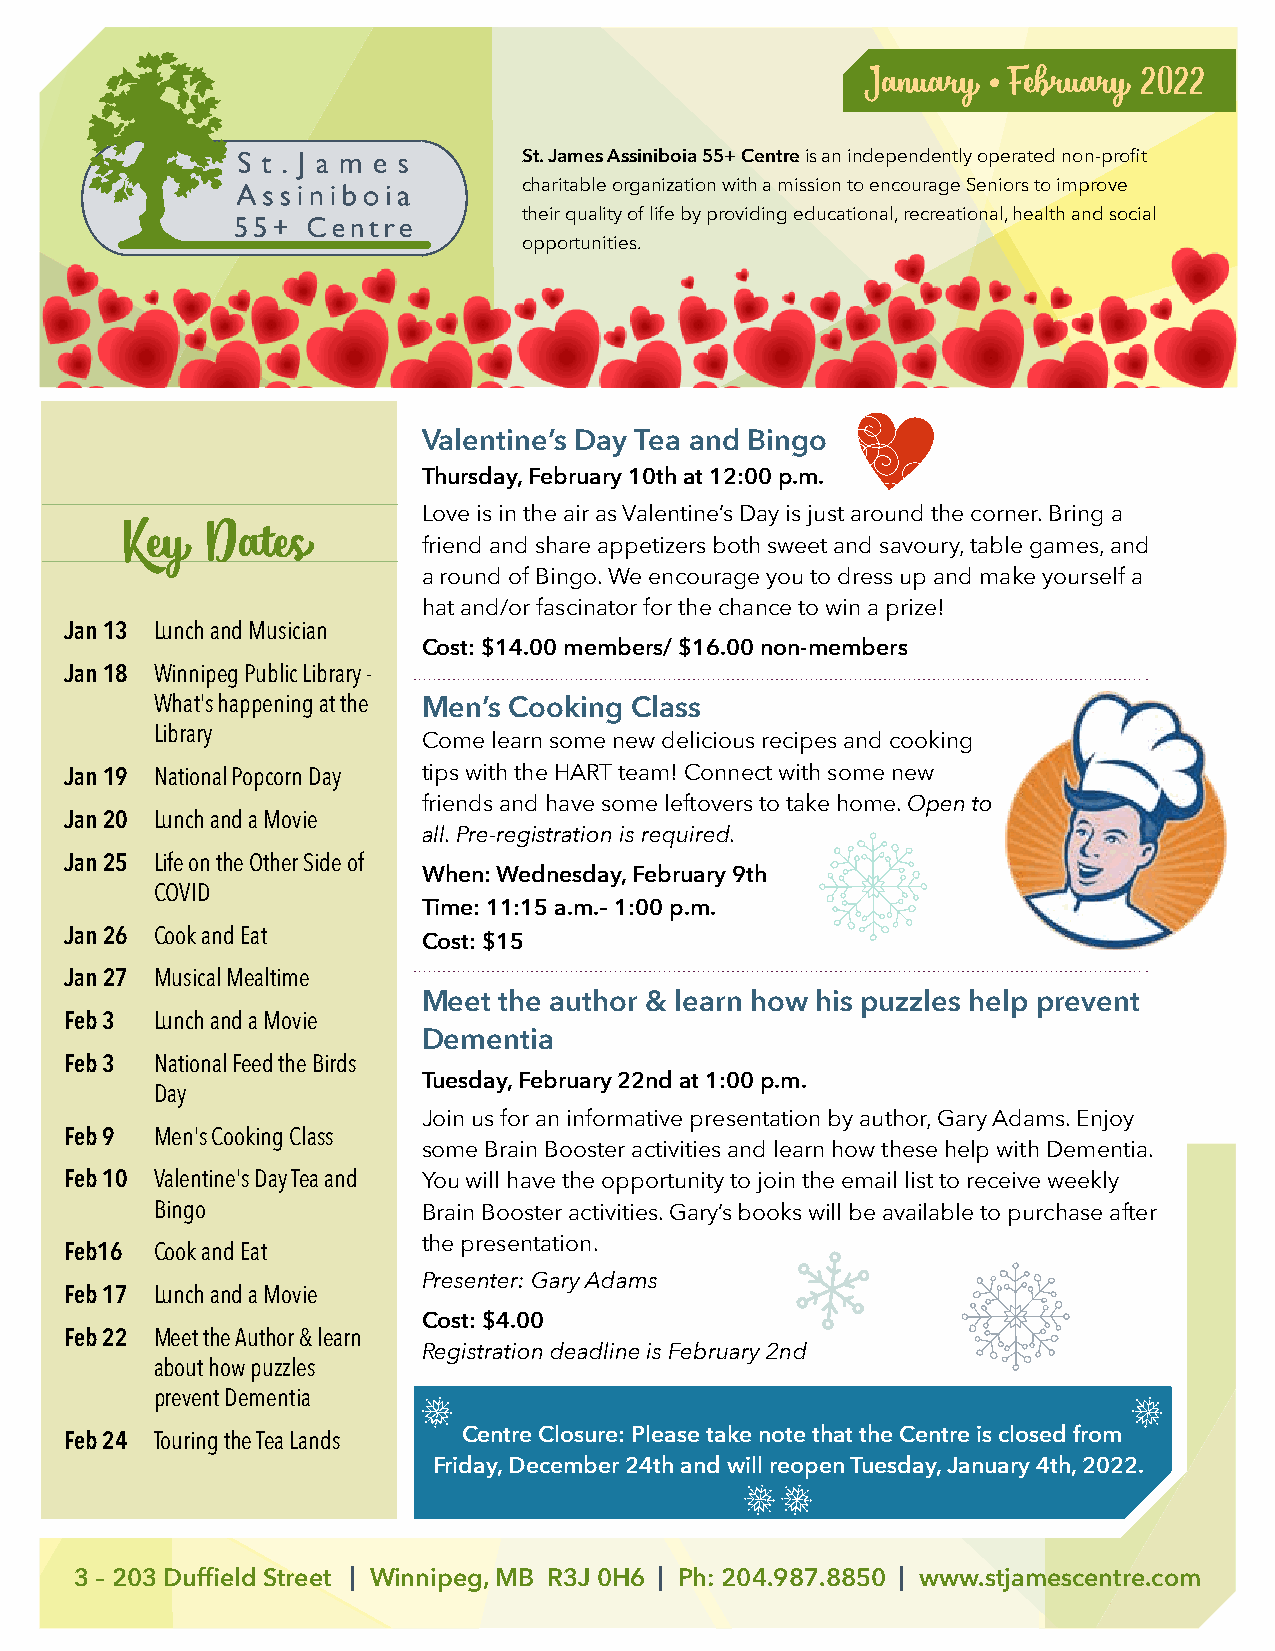
January  • February 2022
 St. James Assiniboia 55+ Centre is an independently operated non-profit
 charitable organization with a mission to encourage Seniors to improve
 their quality of life by providing educational, recreational, health and social
 opportunities.
 Valentine’s Day Tea and Bingo
 Thursday, February 10th at 12:00 p.m.
 Love is in the air as Valentine’s Day is just around the corner. Bring a
 Key   Dates
 friend and share appetizers both sweet and savoury, table games, and
 a round of Bingo. We encourage you to dress up and make yourself a
 hat and/or fascinator for the chance to win a prize!
 Jan 13 L unch and Musician
 Cost: $14.00 members/ $16.00 non-members
 Jan 18 W innipeg Public Library -
 What's happening at the Men’s Cooking Class
 Library
 Come learn some new delicious recipes and cooking
 Jan 19 N ational Popcorn Day tips with the HART team! Connect with some new
 friends and have some leftovers to take home. Open to
 Jan 20 L unch and a Movie
 all. Pre-registration is required.
 Jan 25 L ife on the Other Side of
 When: Wednesday, February 9th
 COVID
 Time: 11:15 a.m.– 1:00 p.m.
 Jan 26 C ook and Eat    Cost: $15
 Jan 27 M usical Mealtime
 Meet the author & learn how his puzzles help prevent
 Feb 3 L unch and a Movie
 Dementia
 Feb 3 N ational Feed the Birds
 Tuesday, February 22nd at 1:00 p.m.
 Day
 Join us for an informative presentation by author, Gary Adams. Enjoy
 Feb 9 Men's Cooking Class
 some Brain Booster activities and learn how these help with Dementia.
 Feb 10 V alentine's Day Tea and You will have the opportunity to join the email list to receive weekly
 Bingo             Brain Booster activities. Gary’s books will be available to purchase after
 the presentation.
 Feb16 C ook and Eat
 Presenter: Gary Adams
 Feb 17 L unch and a Movie
 Cost: $4.00
 Feb 22 M eet the Author & learn
 Registration deadline is February 2nd
 about how puzzles
 prevent Dementia
 Feb 24 T ouring the Tea Lands Centre Closure: Please take note that the Centre is closed from
 Friday, December 24th and will reopen Tuesday, January 4th, 2022.
 3 – 203 Duffield Street | Winnipeg, MB R3J 0H6 | Ph: 204.987.8850 | www.stjamescentre.com